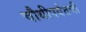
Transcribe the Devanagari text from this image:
चौथीपर्यंतची